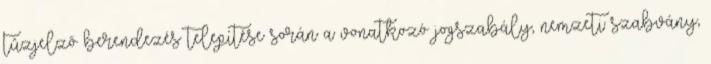
tûzjelzõ berendezés telepítése során a vonatkozó jogszabály, nemzeti szabvány,